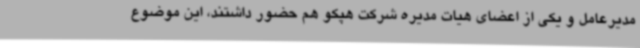
مدیرعامل و یکی از اعضای هیات مدیره شرکت هپکو هم حضور داشتند، این موضوع